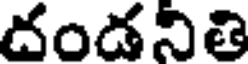
దండనితి